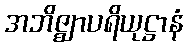
အဘိဇ္ဈာပရိယုဋ္ဌာနံ